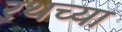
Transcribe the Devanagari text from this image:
रथच्या